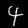
Label: 4